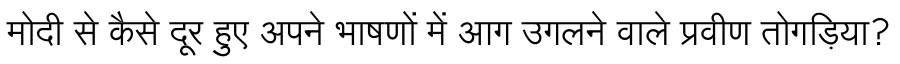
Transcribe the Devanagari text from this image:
मोदी से कैसे दूर हुए अपने भाषणों में आग उगलने वाले प्रवीण तोगड़िया?